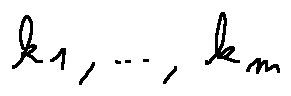
k _ { 1 } , \ldots , k _ { m }